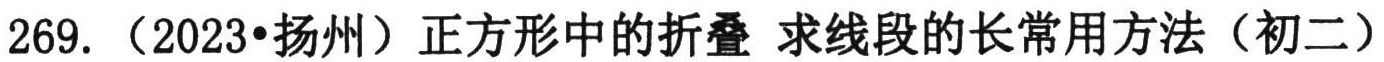
269.（2023•扬州）正方形中的折叠 求线段的长常用方法（初二）